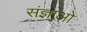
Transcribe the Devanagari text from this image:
संज्ञाओ